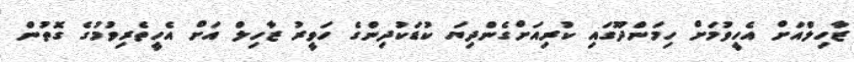
ޒާހިލްއަށް އެހީވުމަށް ހިމަންދޫގައި ކުރިއަށްގެންދިޔަ ކުޑަކުދިންގެ ހަވީރު ޒާހިލް އަށް އެހީތެރިވުމުގެ ގޮތުން